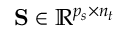
\mathbf { S } \in \mathbb { R } ^ { p _ { s } \times n _ { t } }